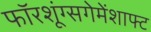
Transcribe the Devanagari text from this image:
फॉरशूंग्सगेमेंशाफ्ट